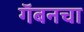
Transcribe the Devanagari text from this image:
गॅबनचा